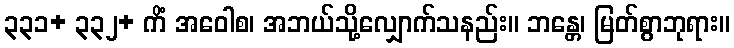
၃၃၁+ ၃၃၂+ ကိံ အဝေါစ၊ အဘယ်သို့လျှောက်သနည်း။ ဘန္တေ၊ မြတ်စွာဘုရား။